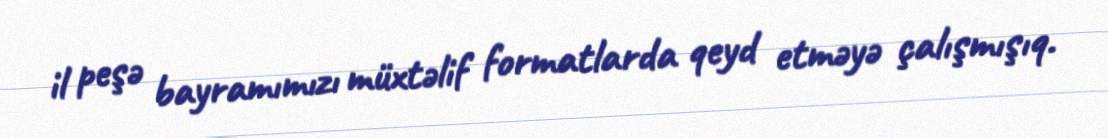
il peşə bayramımızı müxtəlif formatlarda qeyd etməyə çalışmışıq.